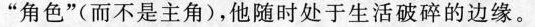
”角色”(而不是主角)，他随时处于生活破碎的边缘。